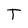
Character: T